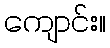
ကျောင်း။